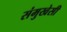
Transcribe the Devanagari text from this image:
संमुखेसी